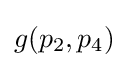
g(p_{2},p_{4})